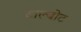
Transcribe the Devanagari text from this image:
टाल्बोट